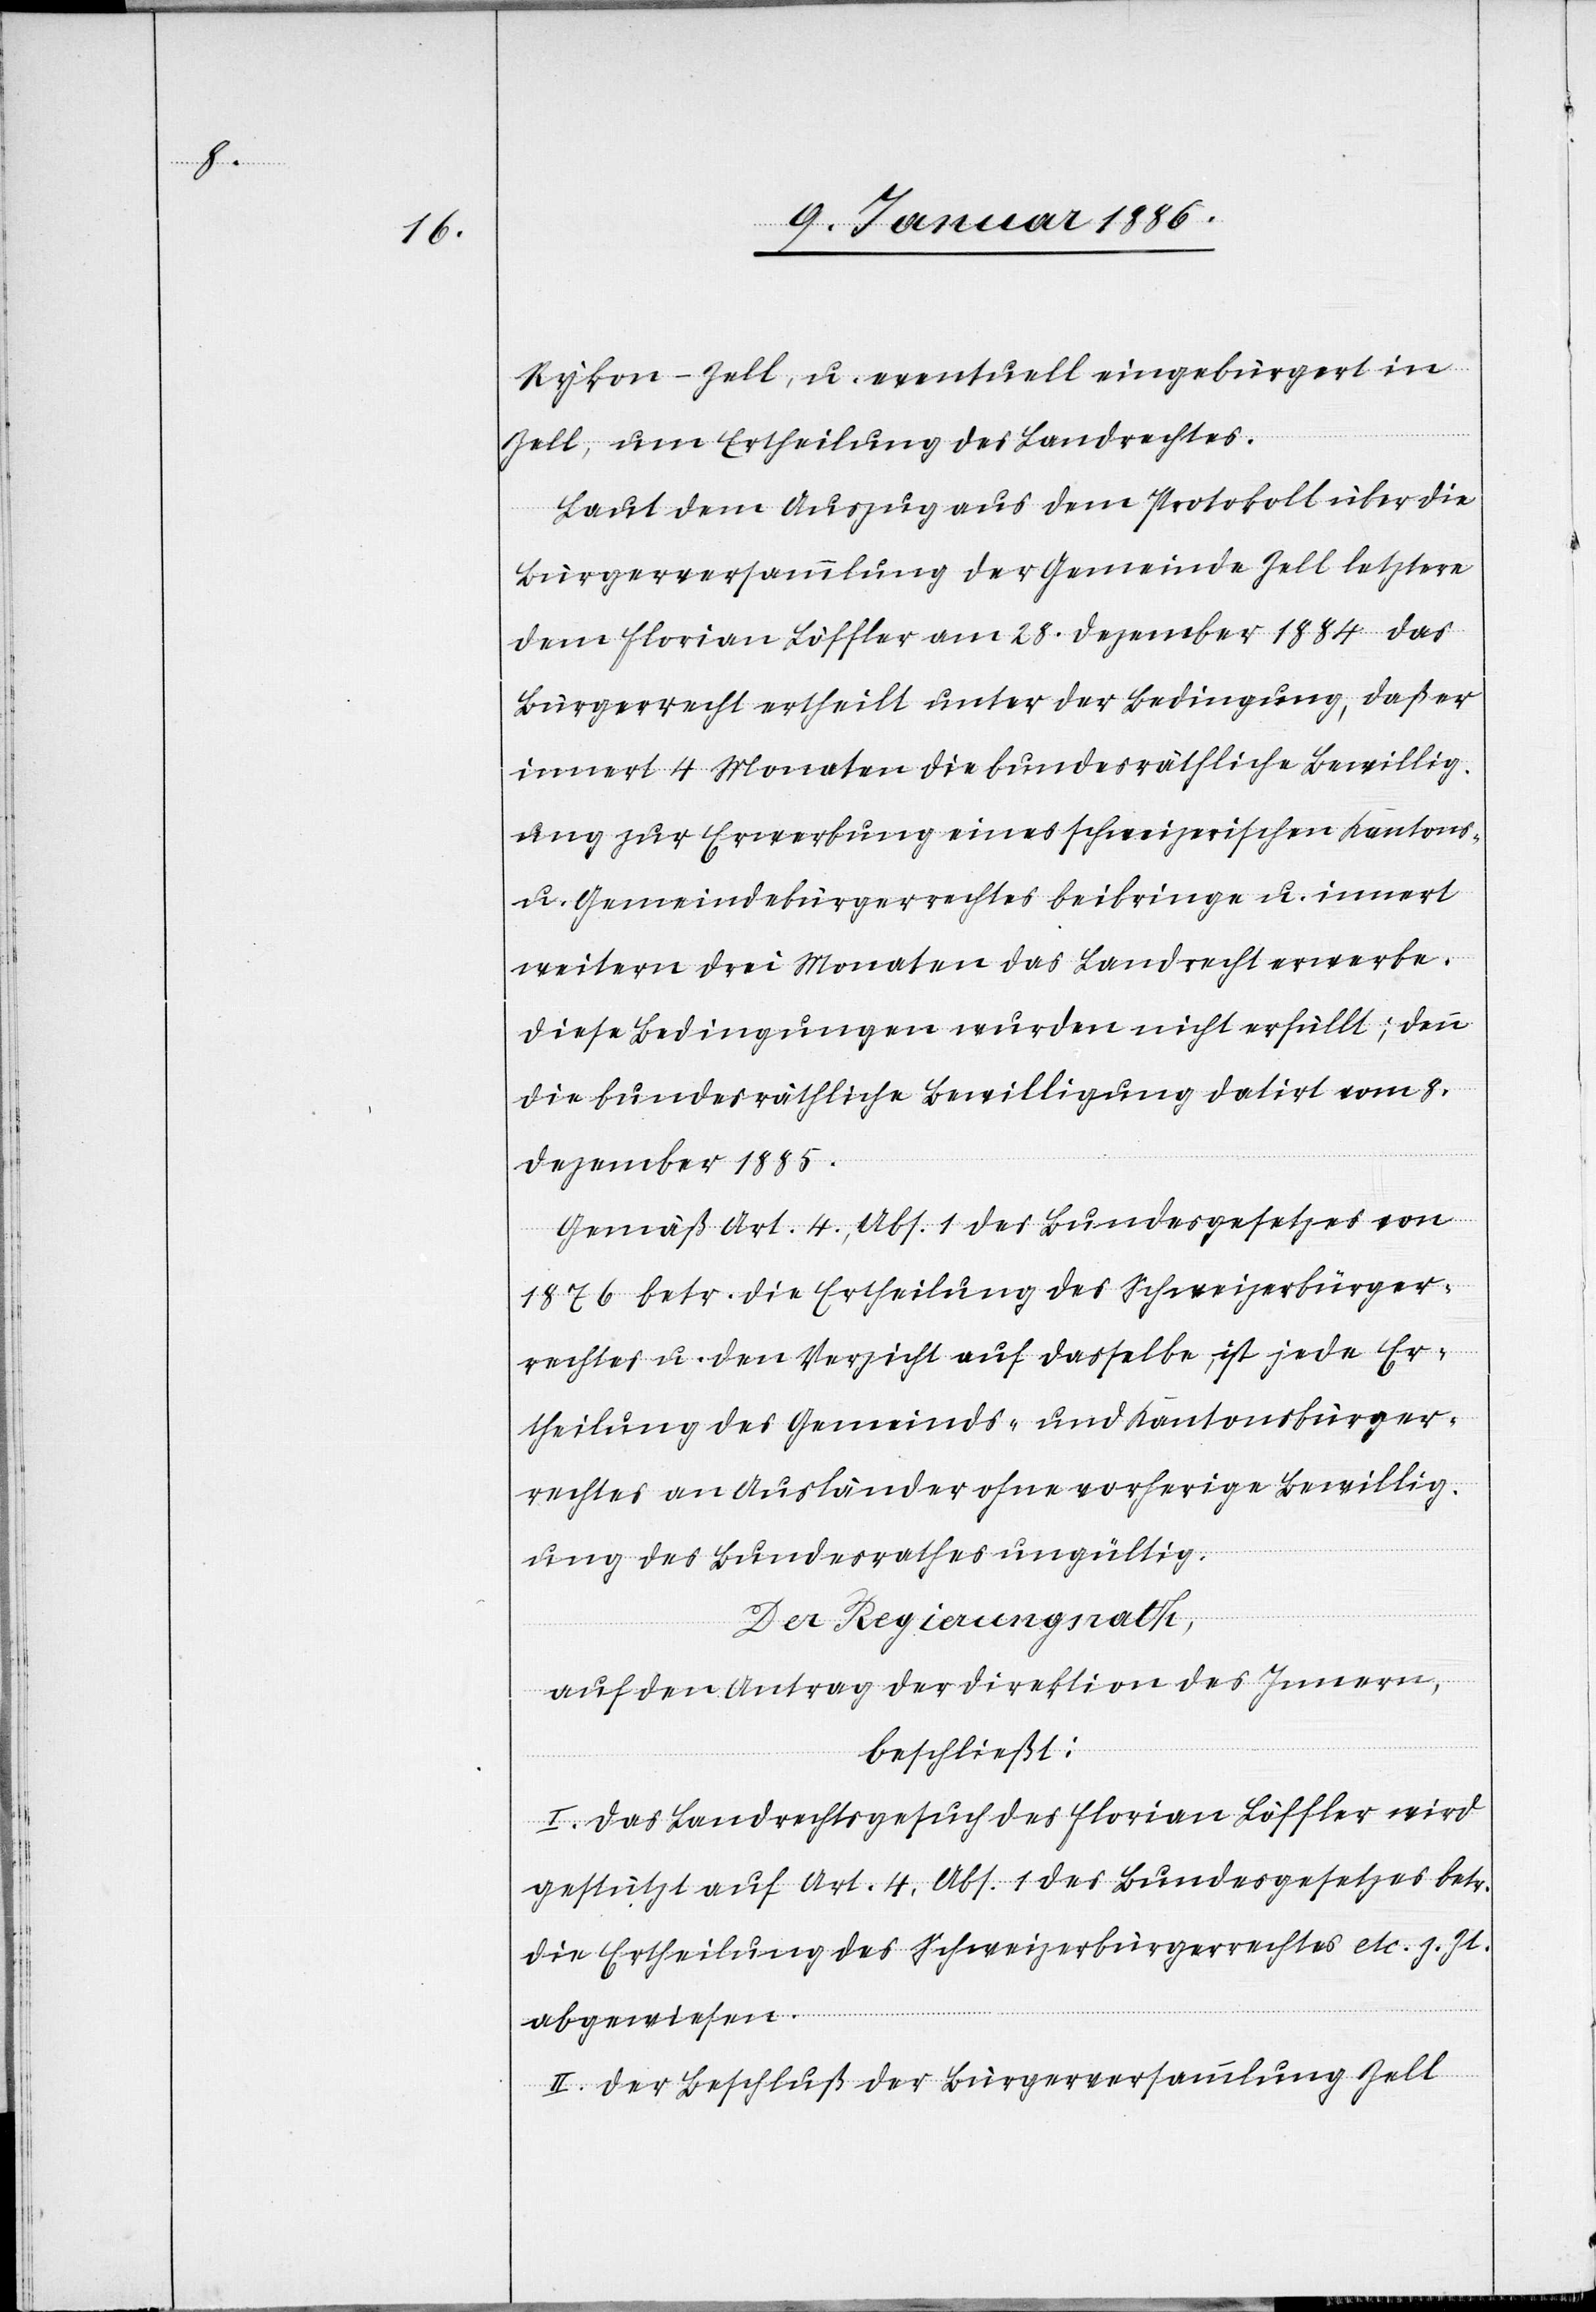
Rykon - Zell, u. eventuell eingebürgert in
Zell, um Ertheilung des Landrechtes.
Laut dem Auszug aus dem Protokoll über die
Bürgerversammlung der Gemeinde Zell letztern
dem Florian Löffler am 28. Dezember 1884 das
Bürgerrecht ertheilt unter der Bedingung, daß er
innert 4 Monaten die bundesräthliche Bewillig¬
ung zur Erwerbung eines schweizerischen Kantons-
u. Gemeindebürgerrechtes beibringen u. innert
weitern drei Monaten das Landrecht erwerbe.
Diese Bedingungen wurden nicht erfüllt; denn
die bundesräthliche Bewilligung datiert vom 8.
Dezember 1885.
Gemäß Art. 4, Abs. 1 des Bundesgesetzes von
1876 betr. die Ertheilung des Schweizerbürger¬
rechtes u. den Verzicht auf dasselbe ist jede Er¬
theilung des Gemeinds- und Kantonsbürger¬
rechtes an Ausländer ohne vorherige Bewillig¬
ung des Bundesrathes ungültig.
Der Regierungsrath,
auf den Antrag der Direktion des Innern,
beschließt:
I. Das Landrechtsgesuch des Florian Löffler wird
gestützt auf Art. 4, Abs. 1 des Bundesgesetzes betr.
die Ertheilung des Schweizerbürgerrechtes etc. z. Zt.
abgewiesen.
II. Der Beschluß der Bürgerversammlung Zell